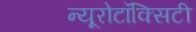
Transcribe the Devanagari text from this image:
न्यूरोटॉक्सिटी